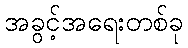
အခွင့်အရေးတစ်ခု